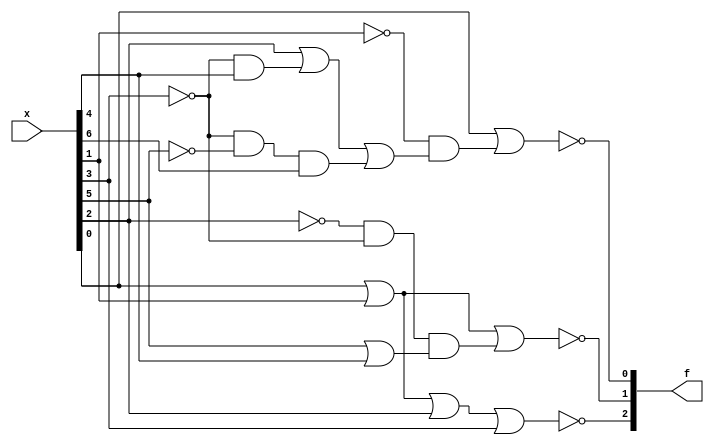
module eight_to_three_priority_encoder(x, f);
    
    input  wire [7:0] x;
    
    output wire [2:0] f;

    assign f[0] = ~(x[0] | (~x[1] & (x[2] | (~x[3] & x[4]) | (~x[3] & ~x[5] & x[6]))));
    assign f[1] = ~(x[0] | x[1] | (~x[2] & ~x[3] & (x[5] | x[4])));
    assign f[2] = ~(x[0] | x[1] | x[2] | x[3]);
    
endmodule